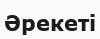
Әрекеті